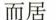
而居